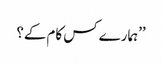
’’ہمارے کس کام کے؟